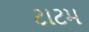
ટાટમ